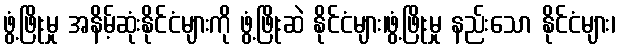
ဖွံ့ဖြိုးမှု အနိမ့်ဆုံးနိုင်ငံများကို ဖွံ့ဖြိုးဆဲ နိုင်ငံများ၊ဖွံ့ဖြိုးမှု နည်းသော နိုင်ငံများ၊